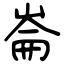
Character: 崙